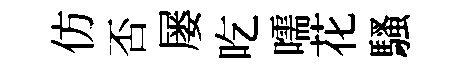
仿否屡吃嚅花騷